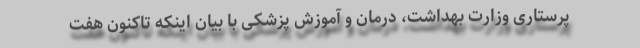
پرستاری وزارت بهداشت، درمان و آموزش پزشکی با بیان اینکه تاکنون هفت